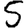
Digit: 5